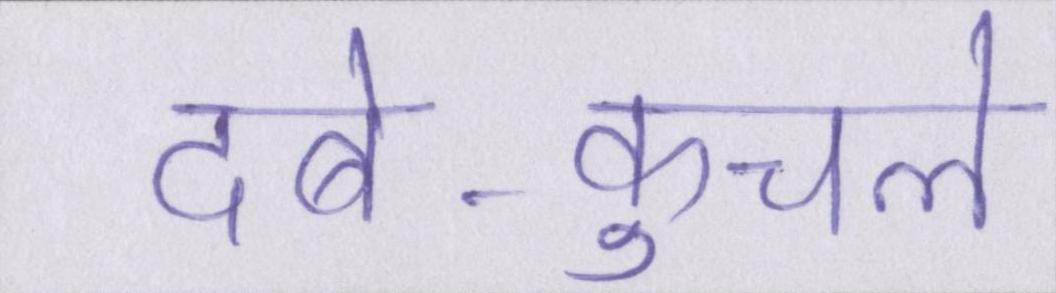
दबे-कुचले